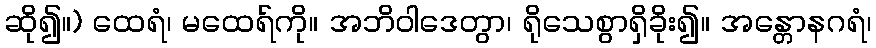
ဆို၍။) ထေရံ၊ မထေရ်ကို။ အဘိဝါဒေတွာ၊ ရိုသေစွာရှိခိုး၍။ အန္တောနဂရံ၊